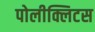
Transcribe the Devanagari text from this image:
पोलीक्लिटस